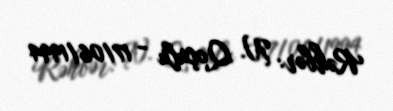
Rəhbər: N. Qoçulu - 17/06/1994